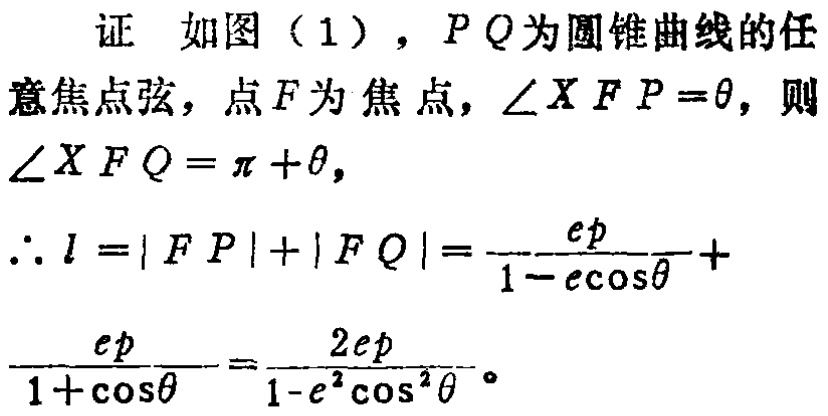
证 如图（1），$PQ$为圆锥曲线的任意焦点弦，点$F$为焦点，$\angle XFP = \theta$，则$\angle XFQ=\pi+\theta$，
\(\therefore l = |FP| + |FQ|=\frac{ep}{1 - e\cos\theta}+\frac{ep}{1 + \cos\theta}=\frac{2ep}{1 - e^{2}\cos^{2}\theta}\)。